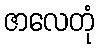
ဇာလေတုံ